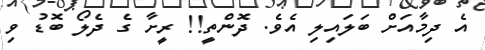
އެ ދިމާއަށް ބަލައިލި އެވެ. ދޮންތީ!! ރީށާ ގެ ދެލޯ ބޮޑު ވި